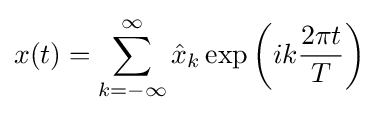
x(t)=\sum _{k=-\infty }^{\infty }{\hat {x}}_{k}\exp \left(ik{\frac {2\pi t}{T}}\right)